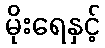
မိုးရေနှင့်